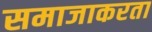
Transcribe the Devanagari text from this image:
समाजाकरता